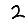
Digit: 2